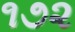
૧૭૨